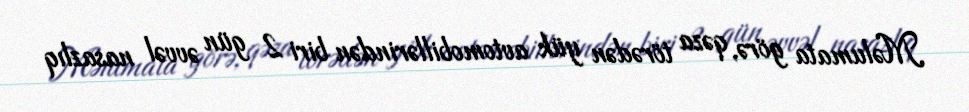
Məlumata görə, qəza törədən yük avtomobillərindən biri 2 gün əvvəl nasazlıq